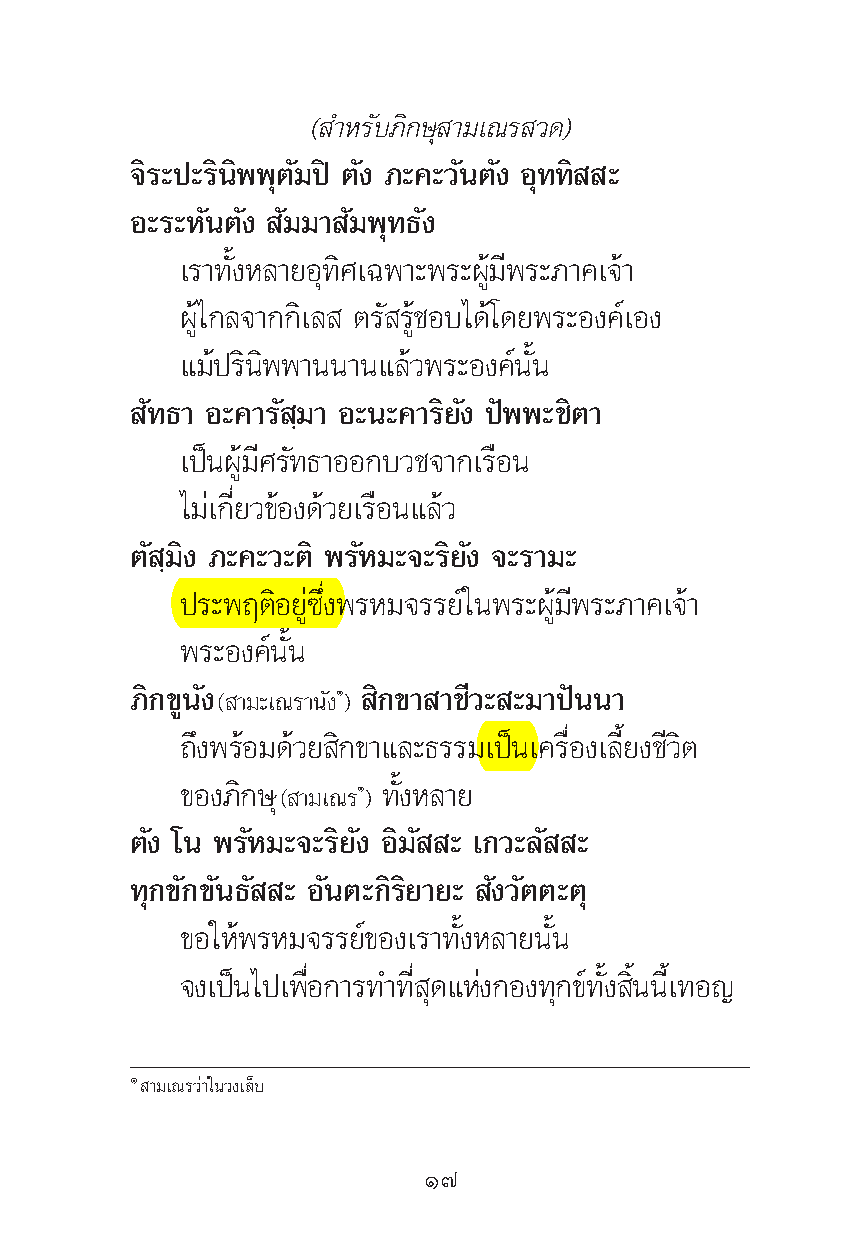
( ”À√—∫¿‘°…ÿ “¡‡≥√ «¥)
 ®‘√–ª–√‘π‘ææÿμ—¡ªî μ—ß ¿–§–«—πμ—ß Õÿ∑∑‘ –
 Õ–√–À—πμ—ß —¡¡“ —¡æÿ∑∏—ß
 ‡√“∑—ÈßÀ≈“¬Õÿ∑‘»‡©æ“–æ√–ºŸâ¡’æ√–¿“§‡®â“
 ºŸâ‰°≈®“°°‘‡≈ μ√— √Ÿâ™Õ∫‰¥â‚¥¬æ√–Õß§å‡Õß
 ·¡âª√‘π‘ææ“ππ“π·≈â«æ√–Õß§åπ—Èπ
 —∑∏“ Õ–§“√— ⁄¡“ Õ–π–§“√‘¬—ß ªíææ–™‘μ“
 ‡ªìπºŸâ¡’»√—∑∏“ÕÕ°∫«™®“°‡√◊Õπ
 ‰¡à‡°’Ë¬«¢âÕß¥â«¬‡√◊Õπ·≈â«
 μ— ⁄¡‘ß ¿–§–«–μ‘ æ√—À¡–®–√‘¬—ß ®–√“¡–
 ª√–æƒμ‘Õ¬Ÿà´÷Ëßæ√À¡®√√¬å„πæ√–ºŸâ¡’æ√–¿“§‡®â“
 æ√–Õß§åπ—Èπ
 ¿‘°¢Ÿπ—ß        ‘°¢“ “™’«– –¡“ªíππ“
 ( “¡–‡≥√“π—ßÒ)
 ∂÷ßæ√âÕ¡¥â«¬ ‘°¢“·≈–∏√√¡‡ªìπ‡§√◊ËÕß‡≈’È¬ß™’«‘μ
 ¢Õß¿‘°…ÿ     ∑—ÈßÀ≈“¬
 ( “¡‡≥√Ò)
 μ—ß ‚π æ√—À¡–®–√‘¬—ß Õ‘¡— – ‡°«–≈— –
 ∑ÿ°¢—°¢—π∏— – Õ—πμ–°‘√‘¬“¬– —ß«—μμ–μÿ
 ¢Õ„Àâæ√À¡®√√¬å¢Õß‡√“∑—ÈßÀ≈“¬π—Èπ
 ®ß‡ªìπ‰ª‡æ◊ËÕ°“√∑”∑’Ë ÿ¥·Ààß°Õß∑ÿ°¢å∑—Èß ‘Èππ’È‡∑Õ≠
 Ò “¡‡≥√«à“„π«ß‡≈Á∫
 Ò˜